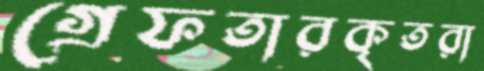
গ্রেফতারকৃতরা